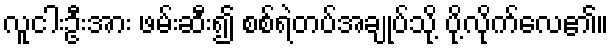
လူငါးဦးအား ဖမ်းဆီး၍ စစ်ရဲတပ်အချုပ်သို့ ပို့လိုက်လေ၏။